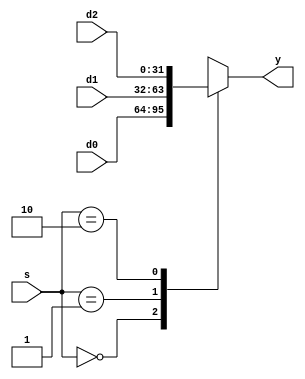

module mux3(s, d0, d1, d2, y);
    parameter bitwidth=32;
    input  [1:0]          s;
    input  [bitwidth-1:0] d0, d1, d2;
    output [bitwidth-1:0] y;
    reg    [bitwidth-1:0] y;

    always @(d0 or d1 or d2 or s) 
        case ( s)
           2'd0 : y = d0;
	    2'd1 : y = d1;
	    2'd2 : y = d2;
           default : y = {bitwidth{1'bx}};
       endcase
endmodule